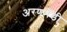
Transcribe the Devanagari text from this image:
अरणभेंडी